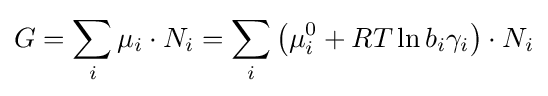
G=\sum _{i}\mu _{i}\cdot N_{i}=\sum _{i}\left(\mu _{i}^{0}+RT\ln b_{i}\gamma _{i}\right)\cdot N_{i}